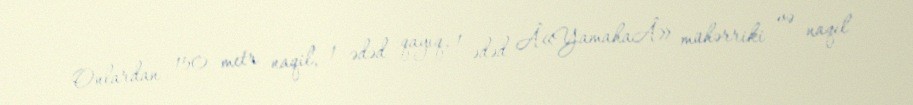
Onlardan 150 metr naqil, 1 ədəd qayıq, 1 ədəd Â«YamahaÂ» mühərriki və naqil